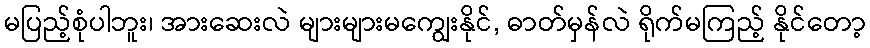
မပြည့်စုံပါဘူး၊ အားဆေးလဲ များများမကျွေးနိုင်, ဓာတ်မှန်လဲ ရိုက်မကြည့် နိုင်တော့